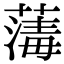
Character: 𦺇